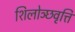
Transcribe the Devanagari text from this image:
शिलोञ्छवृत्ति